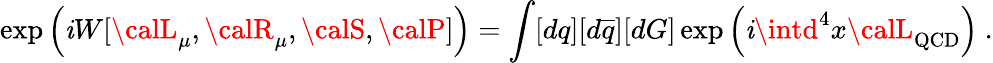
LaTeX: \exp\left(\mathit{i}W[{\calL}_{\mu},{\calR}_{\mu},{\calS},{\calP}]\right)=\int[dq][d\overline{{{{q}}}}][dG]\exp\left(\mathit{i}\intd^{4}x{\calL}_{\mathrm{{QCD}}}\right)\ .